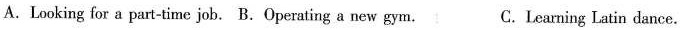
A.Looking for a part-time job. B.Operating a new gym. C.Learning Latin dance.